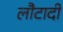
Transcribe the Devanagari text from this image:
लौटादी